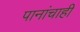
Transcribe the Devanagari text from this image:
पानांचाही